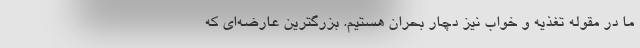
ما در مقوله تغذیه و خواب نیز دچار بحران هستیم. بزرگترین عارضه‌ای که